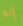
إنه